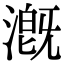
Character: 漑